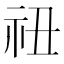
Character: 𬒰